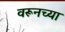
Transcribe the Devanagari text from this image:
वरूनच्या